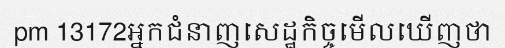
pm 13172អ្នកជំនាញសេដ្ឋកិច្ចមើលឃើញថា